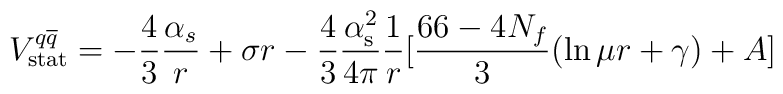
V^{q\overline{q}}_{{\rm stat}} = -  \frac{4}{3} \frac{{\alpha}_s}{r} + \sigma r -{4\over 3} {\alpha_{\rm s}^2 \over 4 \pi} {1\over r} [{66- 4 N_{f} \over 3} (\ln \mu r + \gamma) +A]